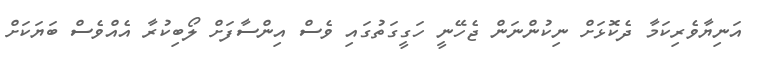
އަނިޔާވެރިކަމާ ދެކޮޅަށް ނިކުންނަން ޖެހޭނީ ހަގީގަތުގައި ވެސް އިންސާފަށް ލޯބިކުރާ އެއްވެސް ބަޔަކަށް